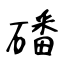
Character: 磻